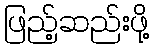
ဖြည့်ဆည်းဖို့